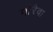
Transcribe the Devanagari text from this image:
गौरैवा